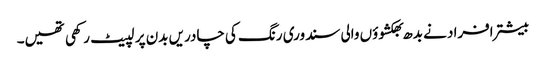
بیشتر افراد نے بدھ بھکشوؤں والی سندوری رنگ کی چادریں بدن پر لپیٹ رکھی تھیں۔